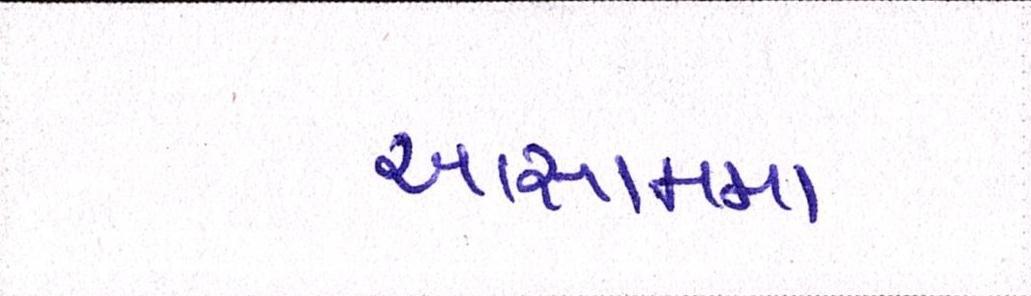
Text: આસામમા